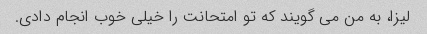
لیزا، به من می گویند که تو امتحانت را خیلی خوب انجام دادی.